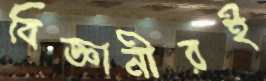
বিজ্ঞানীরই